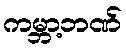
ကမ္ဘာ့ဘဏ်